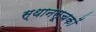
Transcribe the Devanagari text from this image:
स्थानसूचकों